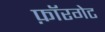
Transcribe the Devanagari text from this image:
फ़ॉरगेट